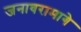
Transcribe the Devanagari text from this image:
जनावरामागे